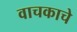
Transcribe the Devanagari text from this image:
वाचकाचे